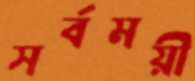
সর্বময়ী